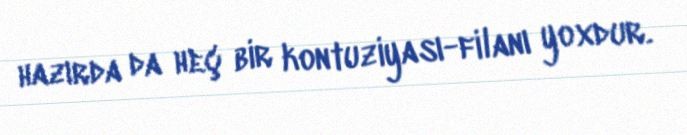
hazırda da heç bir kontuziyası-filanı yoxdur.